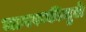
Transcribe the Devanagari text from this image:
जागरूकीमुळे